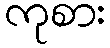
ကုစား